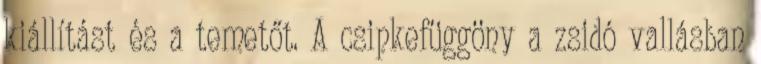
kiállítást és a temetőt. A csipkefüggöny a zsidó vallásban